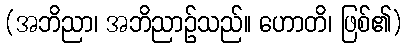
(အဘိညာ၊ အဘိညာဉ်သည်။ ဟောတိ၊ ဖြစ်၏)